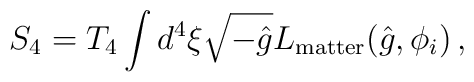
S_4=T_4\int d^4\xi \sqrt{-\hat g} L_{\mathrm{matter}}(\hat g, \phi_i)\,,